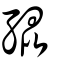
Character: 𡥵